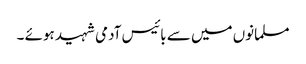
مسلمانوں میں سے بائیس آدمی شہید ہوئے ۔